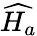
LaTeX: \widehat{H_{a}}